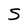
Character: S